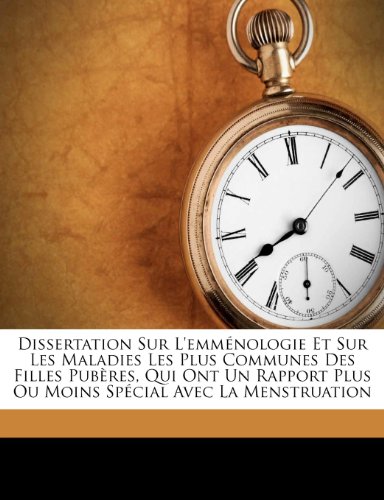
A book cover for Dissertation Sur L'emmÃ©nologie Et Sur Les Maladies Les Plus Communes Des Filles PubÃ¨res, Qui Ont Un Rapport Plus Ou Moins SpÃ©cial Avec La Menstruation (French Edition); Jacques-Hubert Van-Peene; Health, Fitness & Dieting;